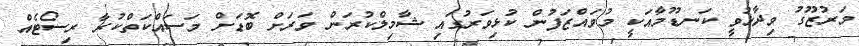
މަރުޒޫގު ވިދާޅުވީ ކަނޑޫމާއަކީ މުވައްޒަފުން ކުޅިވަރުގައި ޝާމިލްކުރަން ވަރަށް ބޮޑަށް މަސައްކަތްކުރާ ރިސޯޓެއް